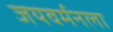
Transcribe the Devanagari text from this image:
जयवर्मनला